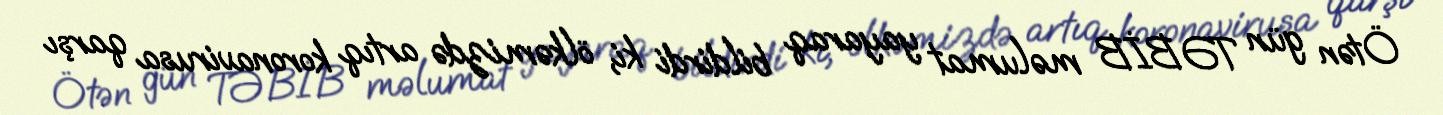
Ötən gün TƏBİB məlumat yayaraq bildirdi ki, ölkəmizdə artıq koronavirusa qarşı